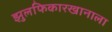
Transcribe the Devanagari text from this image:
झुलफिकारखानाला